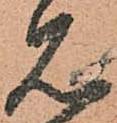
見